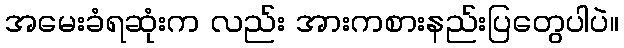
အမေးခံရဆုံးက လည်း အားကစားနည်းပြတွေပါပဲ။